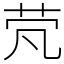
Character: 䒮